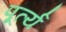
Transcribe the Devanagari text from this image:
पूर्त्य